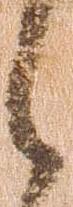
之